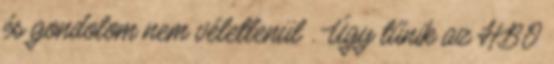
és gondolom nem véletlenül . Úgy tűnik az HBO